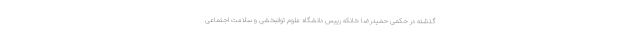
گذشته در حکمی حمیدرضا خانکه رییس دانشگاه علوم توانبخشی و سلامت اجتماعی